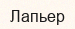
Лапьер